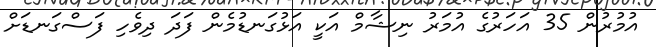
އުމުރުން 35 އަހަރުގެ އުމަރު ނިޝާމް އަކީ އަޅުގަނޑުމެން ފަދަ ދިވެހި ފަސްގަނޑަށް